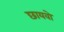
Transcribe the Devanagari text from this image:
छायवो